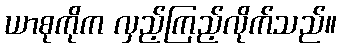
ယာစုကိုက လှည့်ကြည့်လိုက်သည်။